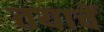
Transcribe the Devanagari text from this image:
तयाचें